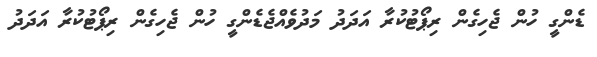
ޑެންގީ ހުން ޖެހިގެން ރިޕޯޓުކުރާ އަދަދު މަދުވެއްޖެޑެންގީ ހުން ޖެހިގެން ރިޕޯޓުކުރާ އަދަދު